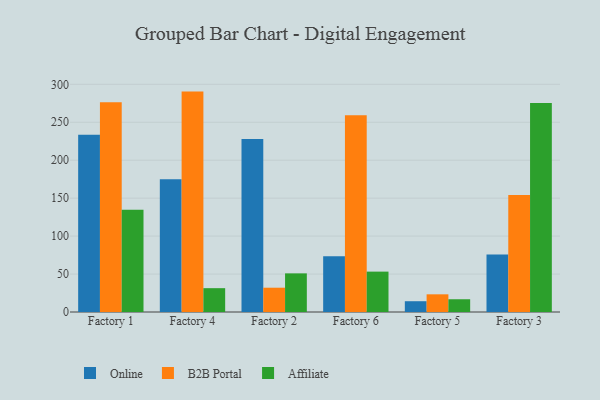
{"axis": {"x": "Factory", "y": "Customer Acquisition Cost (USD)"}, "legend": ["Affiliate", "B2B Portal", "Online"], "data": [{"x": "Factory 1", "y": 233.6, "type": "Online"}, {"x": "Factory 1", "y": 276.4, "type": "B2B Portal"}, {"x": "Factory 1", "y": 134.6, "type": "Affiliate"}, {"x": "Factory 4", "y": 174.9, "type": "Online"}, {"x": "Factory 4", "y": 290.4, "type": "B2B Portal"}, {"x": "Factory 4", "y": 31.4, "type": "Affiliate"}, {"x": "Factory 2", "y": 227.9, "type": "Online"}, {"x": "Factory 2", "y": 32.0, "type": "B2B Portal"}, {"x": "Factory 2", "y": 50.9, "type": "Affiliate"}, {"x": "Factory 6", "y": 73.5, "type": "Online"}, {"x": "Factory 6", "y": 259.4, "type": "B2B Portal"}, {"x": "Factory 6", "y": 53.2, "type": "Affiliate"}, {"x": "Factory 5", "y": 14.2, "type": "Online"}, {"x": "Factory 5", "y": 23.3, "type": "B2B Portal"}, {"x": "Factory 5", "y": 16.8, "type": "Affiliate"}, {"x": "Factory 3", "y": 75.9, "type": "Online"}, {"x": "Factory 3", "y": 154.3, "type": "B2B Portal"}, {"x": "Factory 3", "y": 275.3, "type": "Affiliate"}]}